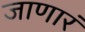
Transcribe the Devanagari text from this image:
जाणारं